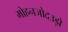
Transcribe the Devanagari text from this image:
मोहनजोदउड़ो